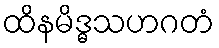
ထိနမိဒ္ဓသဟဂတံ